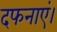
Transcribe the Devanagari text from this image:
दफनाएं।